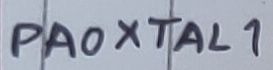
Text: PA0XTAL1